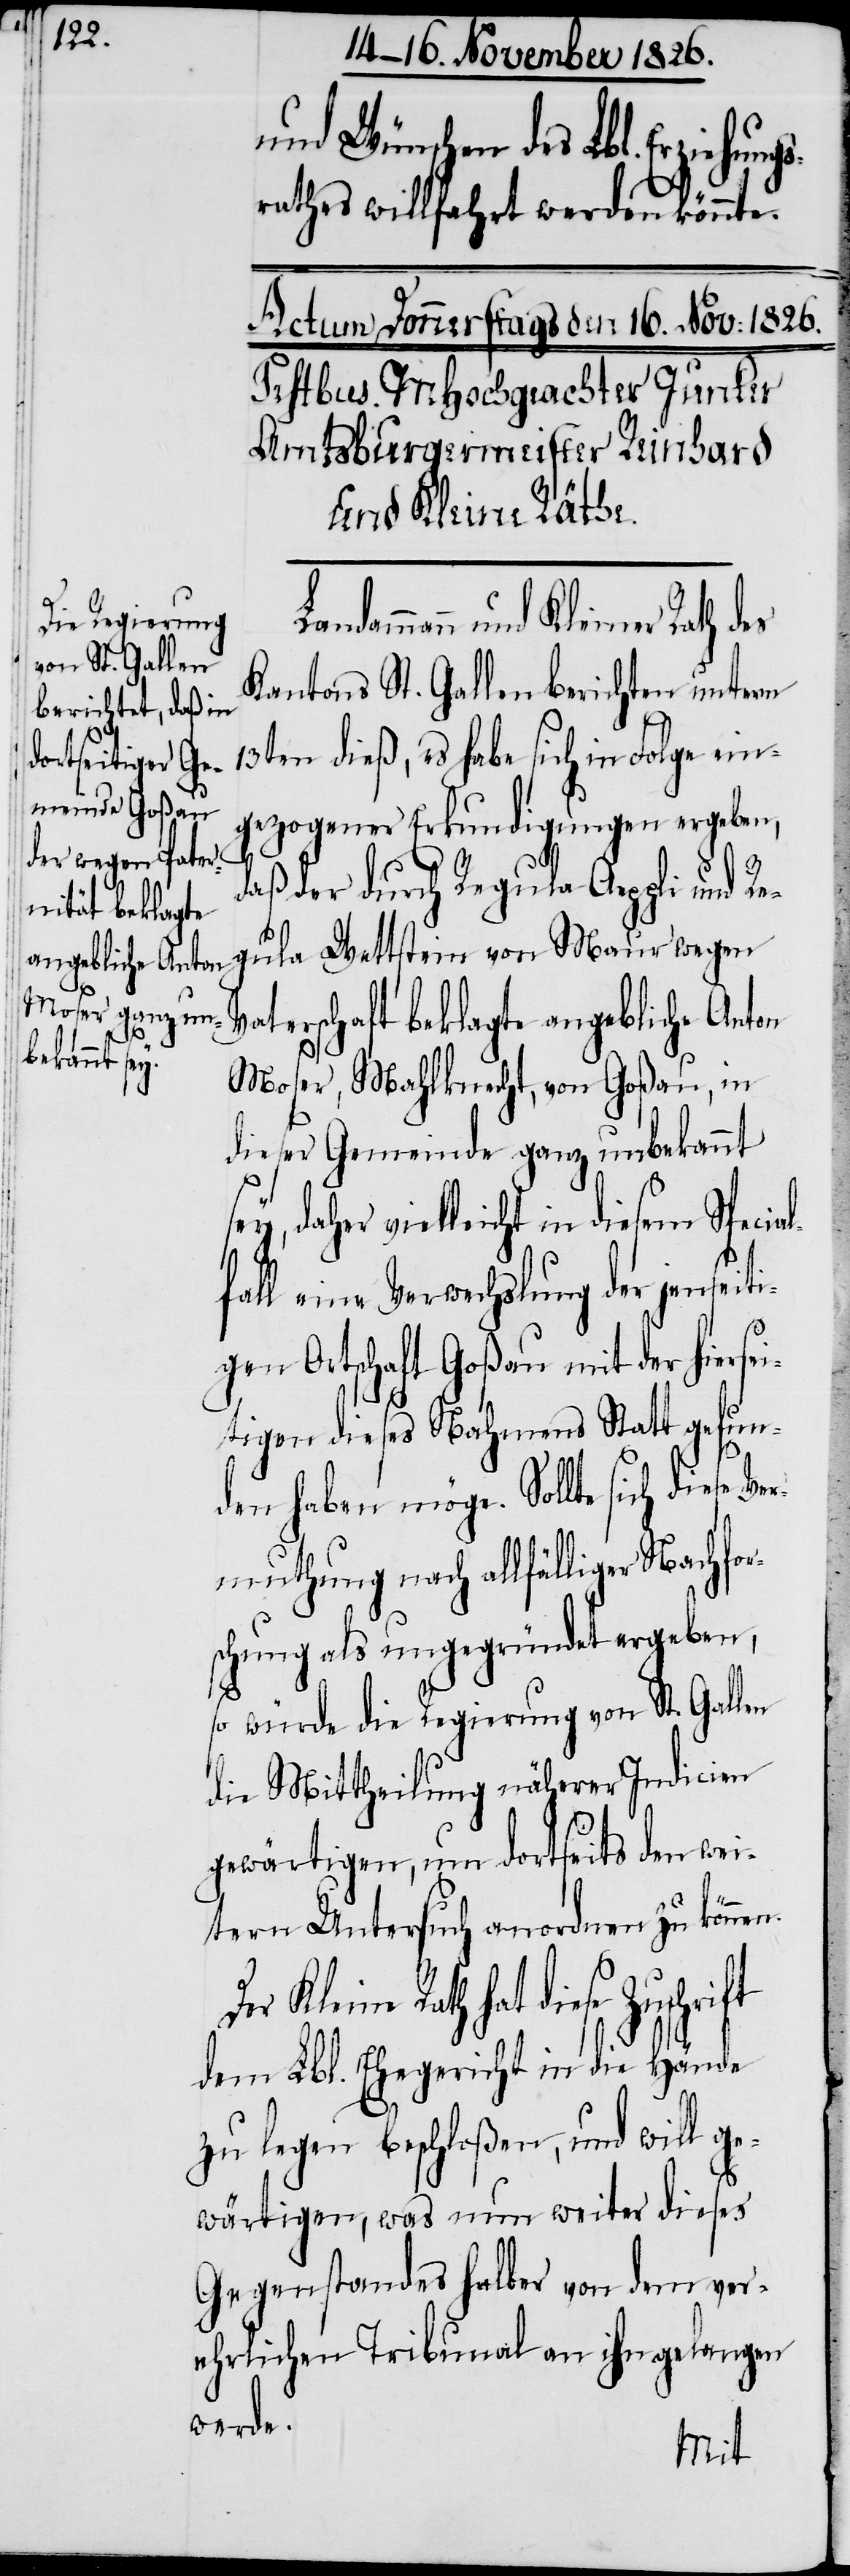
n.

und Wünschen des Lbl. Erziehung¬
srathes willfahrt werden könnte.
Der Kleine Rath h¬
dammann und Kleiner Rath des
Kantons St. Gallen berichten unterm
13ten dieß, es habe sich in Folge ein¬
gezogener Erkundigungen ergeben,
daß der durch Regula Aeppli und Re¬
gula Wettstein von Maur wegen
Vaterschaft beklagte angebliche Anton
Moser, Mahlknecht, von Goßau, in
dieser Gemeinde ganz unbekannt
her vielleicht in diesem Specia¬
fall eine Verwechslung der jenseit¬
igen Ortschaft Goßau mit der hierse¬
itigen dieses Nahmens Statt gefun¬
den haben möge. Sollte sich diese
Vermuthung nach allfälliger Nachfor¬
schung als ungegründet ergeben,
so würde die Regierung von St. Gallen
die Mittheilung näherer Indicien
gewärtigen, um dortseits den wei¬
tern Untersuch anordnen zu könne¬
at diese Zuschrift
dem Lbl. Ehegericht in die Hände
zu legen beschloßen, und will ge¬
wärtigen, was nun weiter dieses
Gegenstandes halber von dem ver¬
ehrlichen Tribunal an ihn gelangen
werde.